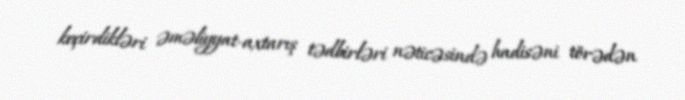
keçirdikləri əməliyyat-axtarış tədbirləri nəticəsində hadisəni törədən